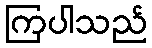
ကြပါသည်